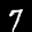
Label: 7